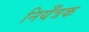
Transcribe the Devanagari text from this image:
नियँत्रक